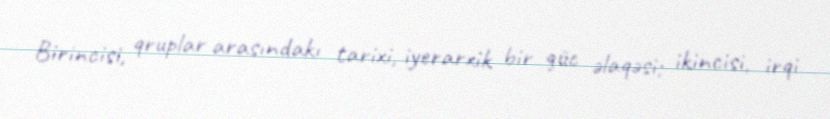
Birincisi, qruplar arasındakı tarixi, iyerarxik bir güc əlaqəsi; ikincisi, irqi